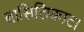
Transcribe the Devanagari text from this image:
बासिलिकाटा